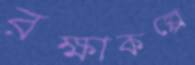
রক্ষাকল্পে